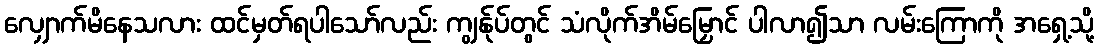
လျှောက်မိနေသလား ထင်မှတ်ရပါသော်လည်း ကျွန်ုပ်တွင် သံလိုက်အိမ်မြှောင် ပါလာ၍သာ လမ်းကြောကို အရှေ့သို့